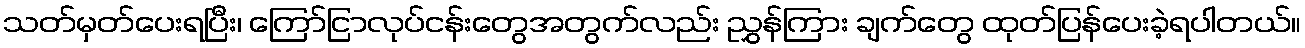
သတ်မှတ်ပေးရပြီး၊ ကြော်ငြာလုပ်ငန်းတွေအတွက်လည်း ညွှန်ကြား ချက်တွေ ထုတ်ပြန်ပေးခဲ့ရပါတယ်။